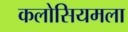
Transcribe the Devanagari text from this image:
कलोसियमला